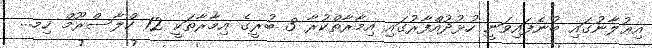
އިޢުލާނުގައި ބުނެފައިވަނީ ހުޅުދުއްފާރުގައި އިމާރާތްކުރާ 3 ބުރީގެ އިމާރާތަކީ 12 ކްލާސްރޫމް ހިމ...